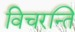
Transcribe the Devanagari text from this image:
विचरन्ति